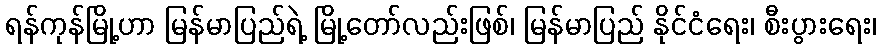
ရန်ကုန်မြို့ဟာ မြန်မာပြည်ရဲ့ မြို့တော်လည်းဖြစ်၊ မြန်မာပြည် နိုင်ငံရေး၊ စီးပွားရေး၊